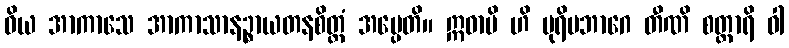
ဝိယ အာကာသေ အာကာသာနဉ္စာယတနစိတ္တံ အပ္ပေတိ။ ဣဓာပိ ဟိ ပုရိမဘာဂေ တီဏိ စတ္တာရိ ဝါ